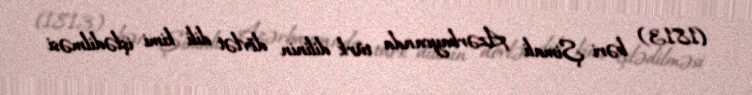
(1813) bəri Şimali Azərbaycanda türk dilinin dövlət dili kimi işlədilməsi